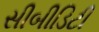
સીબીડિટી